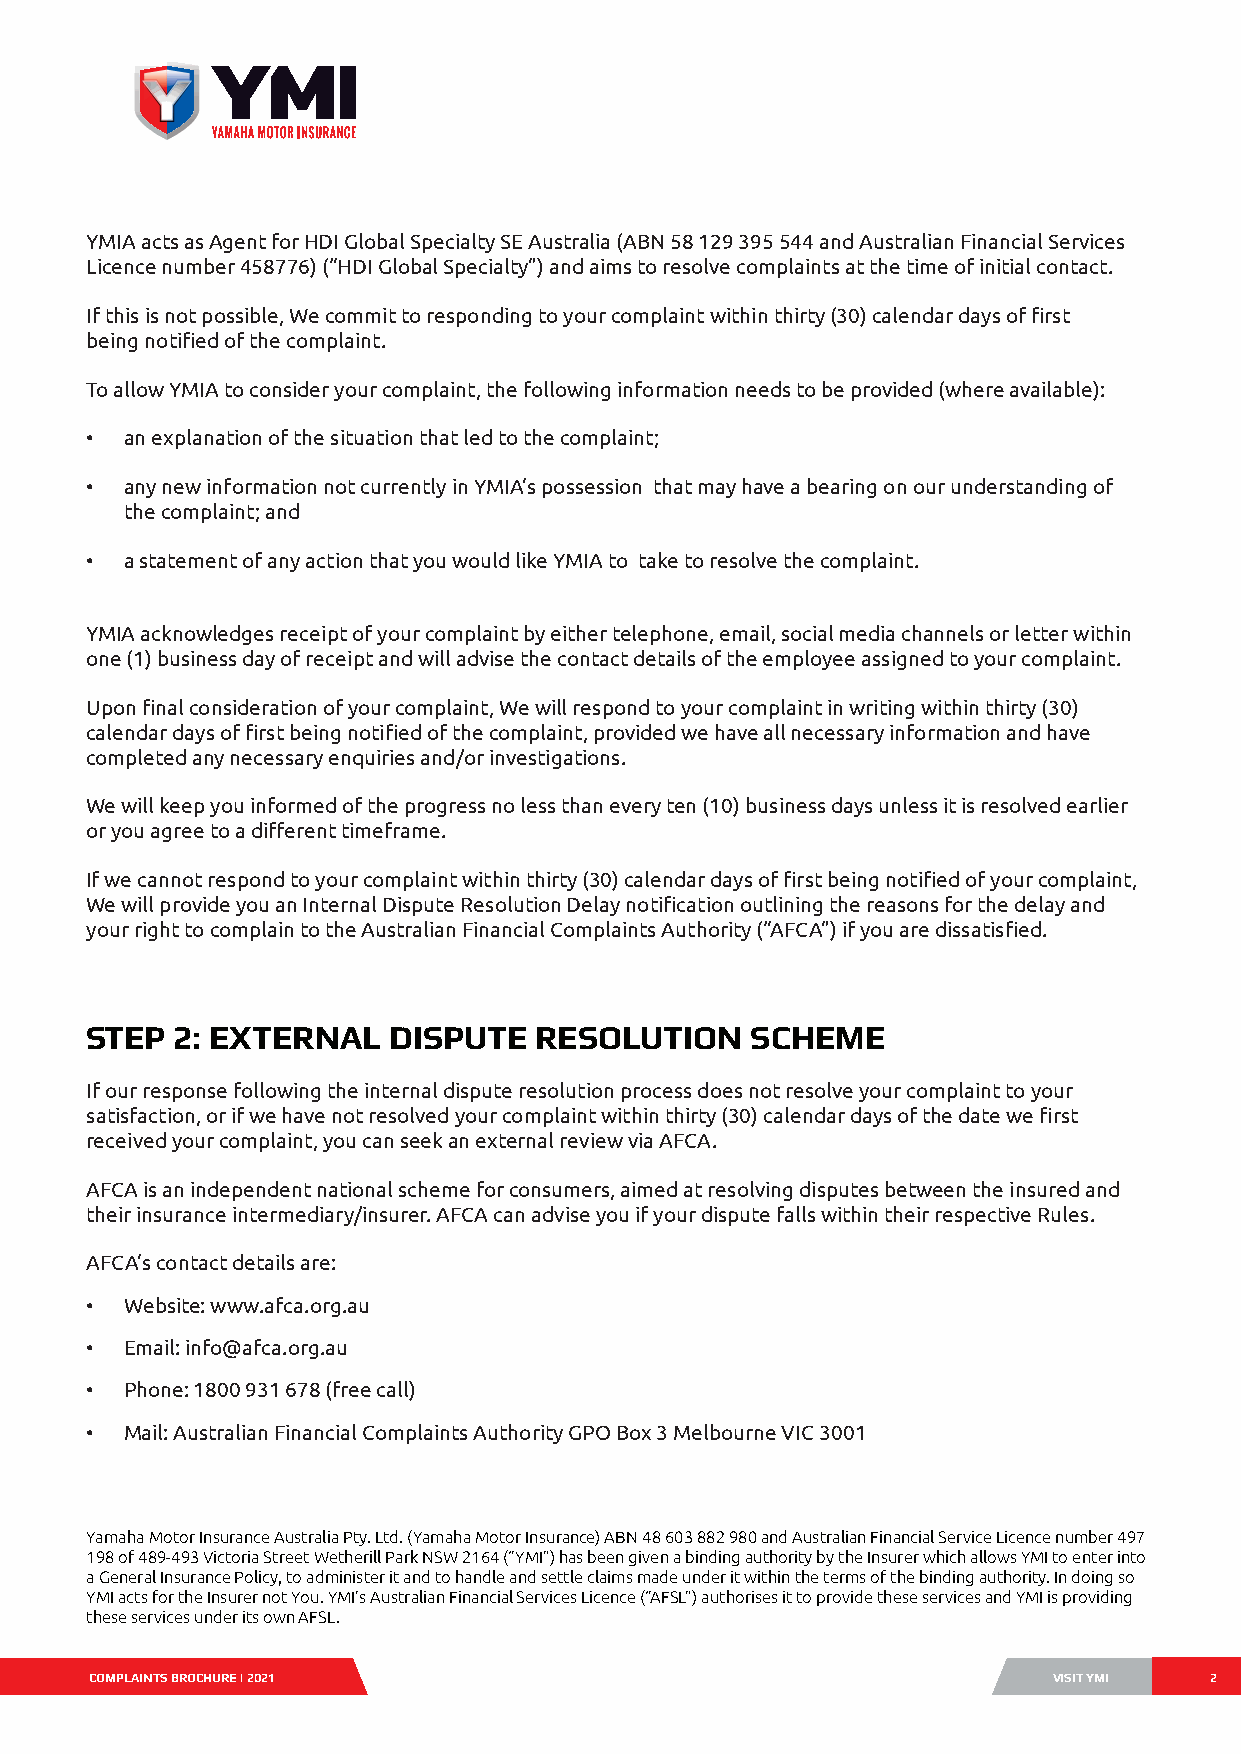
YMIA acts as Agent for HDI Global Specialty SE Australia (ABN 58 129 395 544 and Australian Financial Services
 Licence number 458776) (“HDI Global Specialty”) and aims to resolve complaints at the time of initial contact.
 If this is not possible, We commit to responding to your complaint within thirty (30) calendar days of first
 being notified of the complaint.
 To allow YMIA to consider your complaint, the following information needs to be provided (where available):
 • an explanation of the situation that led to the complaint;
 • any new information not currently in YMIA’s possession that may have a bearing on our understanding of
 the complaint; and
 • a statement of any action that you would like YMIA to take to resolve the complaint.
 YMIA acknowledges receipt of your complaint by either telephone, email, social media channels or letter within
 one (1) business day of receipt and will advise the contact details of the employee assigned to your complaint.
 Upon final consideration of your complaint, We will respond to your complaint in writing within thirty (30)
 calendar days of first being notified of the complaint, provided we have all necessary information and have
 completed any necessary enquiries and/or investigations.
 We will keep you informed of the progress no less than every ten (10) business days unless it is resolved earlier
 or you agree to a different timeframe.
 If we cannot respond to your complaint within thirty (30) calendar days of first being notified of your complaint,
 We will provide you an Internal Dispute Resolution Delay notification outlining the reasons for the delay and
 your right to complain to the Australian Financial Complaints Authority (“AFCA”) if you are dissatisfied.
 STEP 2: EXTERNAL    DISPUTE  RESOLUTION     SCHEME
 If our response following the internal dispute resolution process does not resolve your complaint to your
 satisfaction, or if we have not resolved your complaint within thirty (30) calendar days of the date we first
 received your complaint, you can seek an external review via AFCA.
 AFCA is an independent national scheme for consumers, aimed at resolving disputes between the insured and
 their insurance intermediary/insurer. AFCA can advise you if your dispute falls within their respective Rules.
 AFCA’s contact details are:
 • Website: www.afca.org.au
 • Email: info@afca.org.au
 • Phone: 1800 931 678 (free call)
 • Mail: Australian Financial Complaints Authority GPO Box 3 Melbourne VIC 3001
 Yamaha Motor Insurance Australia Pty. Ltd. (Yamaha Motor Insurance) ABN 48 603 882 980 and Australian Financial Service Licence number 497
 198 of 489-493 Victoria Street Wetherill Park NSW 2164 (“YMI”) has been given a binding authority by the Insurer which allows YMI to enter into
 a General Insurance Policy, to administer it and to handle and settle claims made under it within the terms of the binding authority. In doing so
 YMI acts for the Insurer not You. YMI’s Australian Financial Services Licence (“AFSL”) authorises it to provide these services and YMI is providing
 these services under its own AFSL.
 COMPLAINTS BROCHURE | 2021                                    yamahVaIS-mITo YtMorI.com.au 22